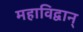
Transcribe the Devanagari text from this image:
महाविद्वान्